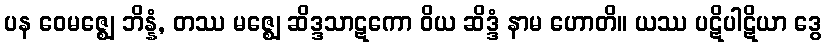
ပန ဝေမဇ္ဈေ ဘိန္နံ, တဿ မဇ္ဈေ ဆိဒ္ဒသာဋကော ဝိယ ဆိဒ္ဒံ နာမ ဟောတိ။ ယဿ ပဋိပါဋိယာ ဒွေ